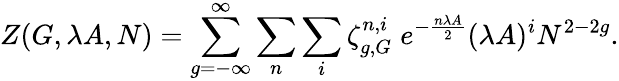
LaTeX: Z(G,\lambda A,N)=\sum_{g=-\infty}^{\infty}\sum_{n}\sum_{i}\zeta_{g,G}^{n,i}\; e^{-{\frac{n\lambda A}{2}}}(\lambda A)^{i}N^{2-2g}.